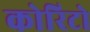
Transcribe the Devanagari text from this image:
कोरिटो